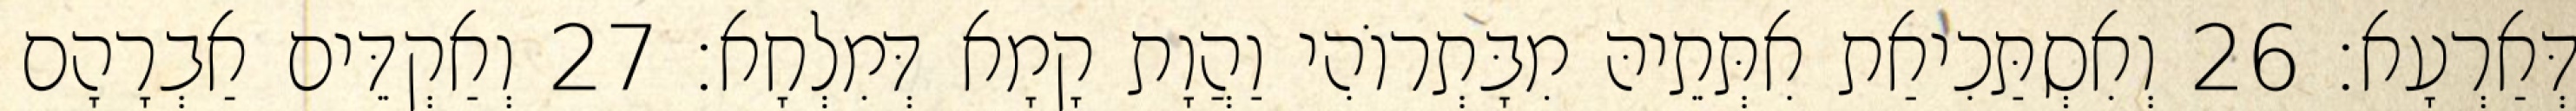
דְּאַרְעָא׃ 26 וְאִסְתַּכִיאַת אִתְּתֵיהּ מִבָּתְרוֹהִי וַהֲוָת קָמָא דְּמִלְחָא׃ 27 וְאַקְדֵּים אַבְרָהָם